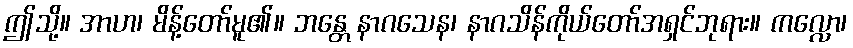
ဤသို့။ အာဟ၊ မိန့်တော်မူ၏။ ဘန္တေ နာဂသေန၊ နာဂသိန်ကိုယ်တော်အရှင်ဘုရား။ ကလ္လော၊